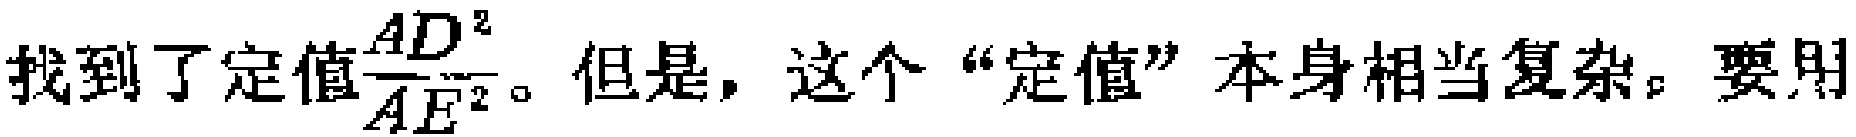
找到了定值$\frac{AD^{2}}{AE^{2}}$。但是，这个“定值”本身相当复杂。要用